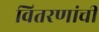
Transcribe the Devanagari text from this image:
वितरणांची